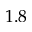
1 . 8